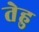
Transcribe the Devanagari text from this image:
तेहु